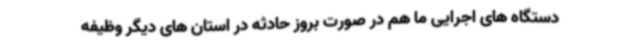
دستگاه های اجرایی ما هم در صورت بروز حادثه در استان های دیگر وظیفه